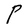
Character: P